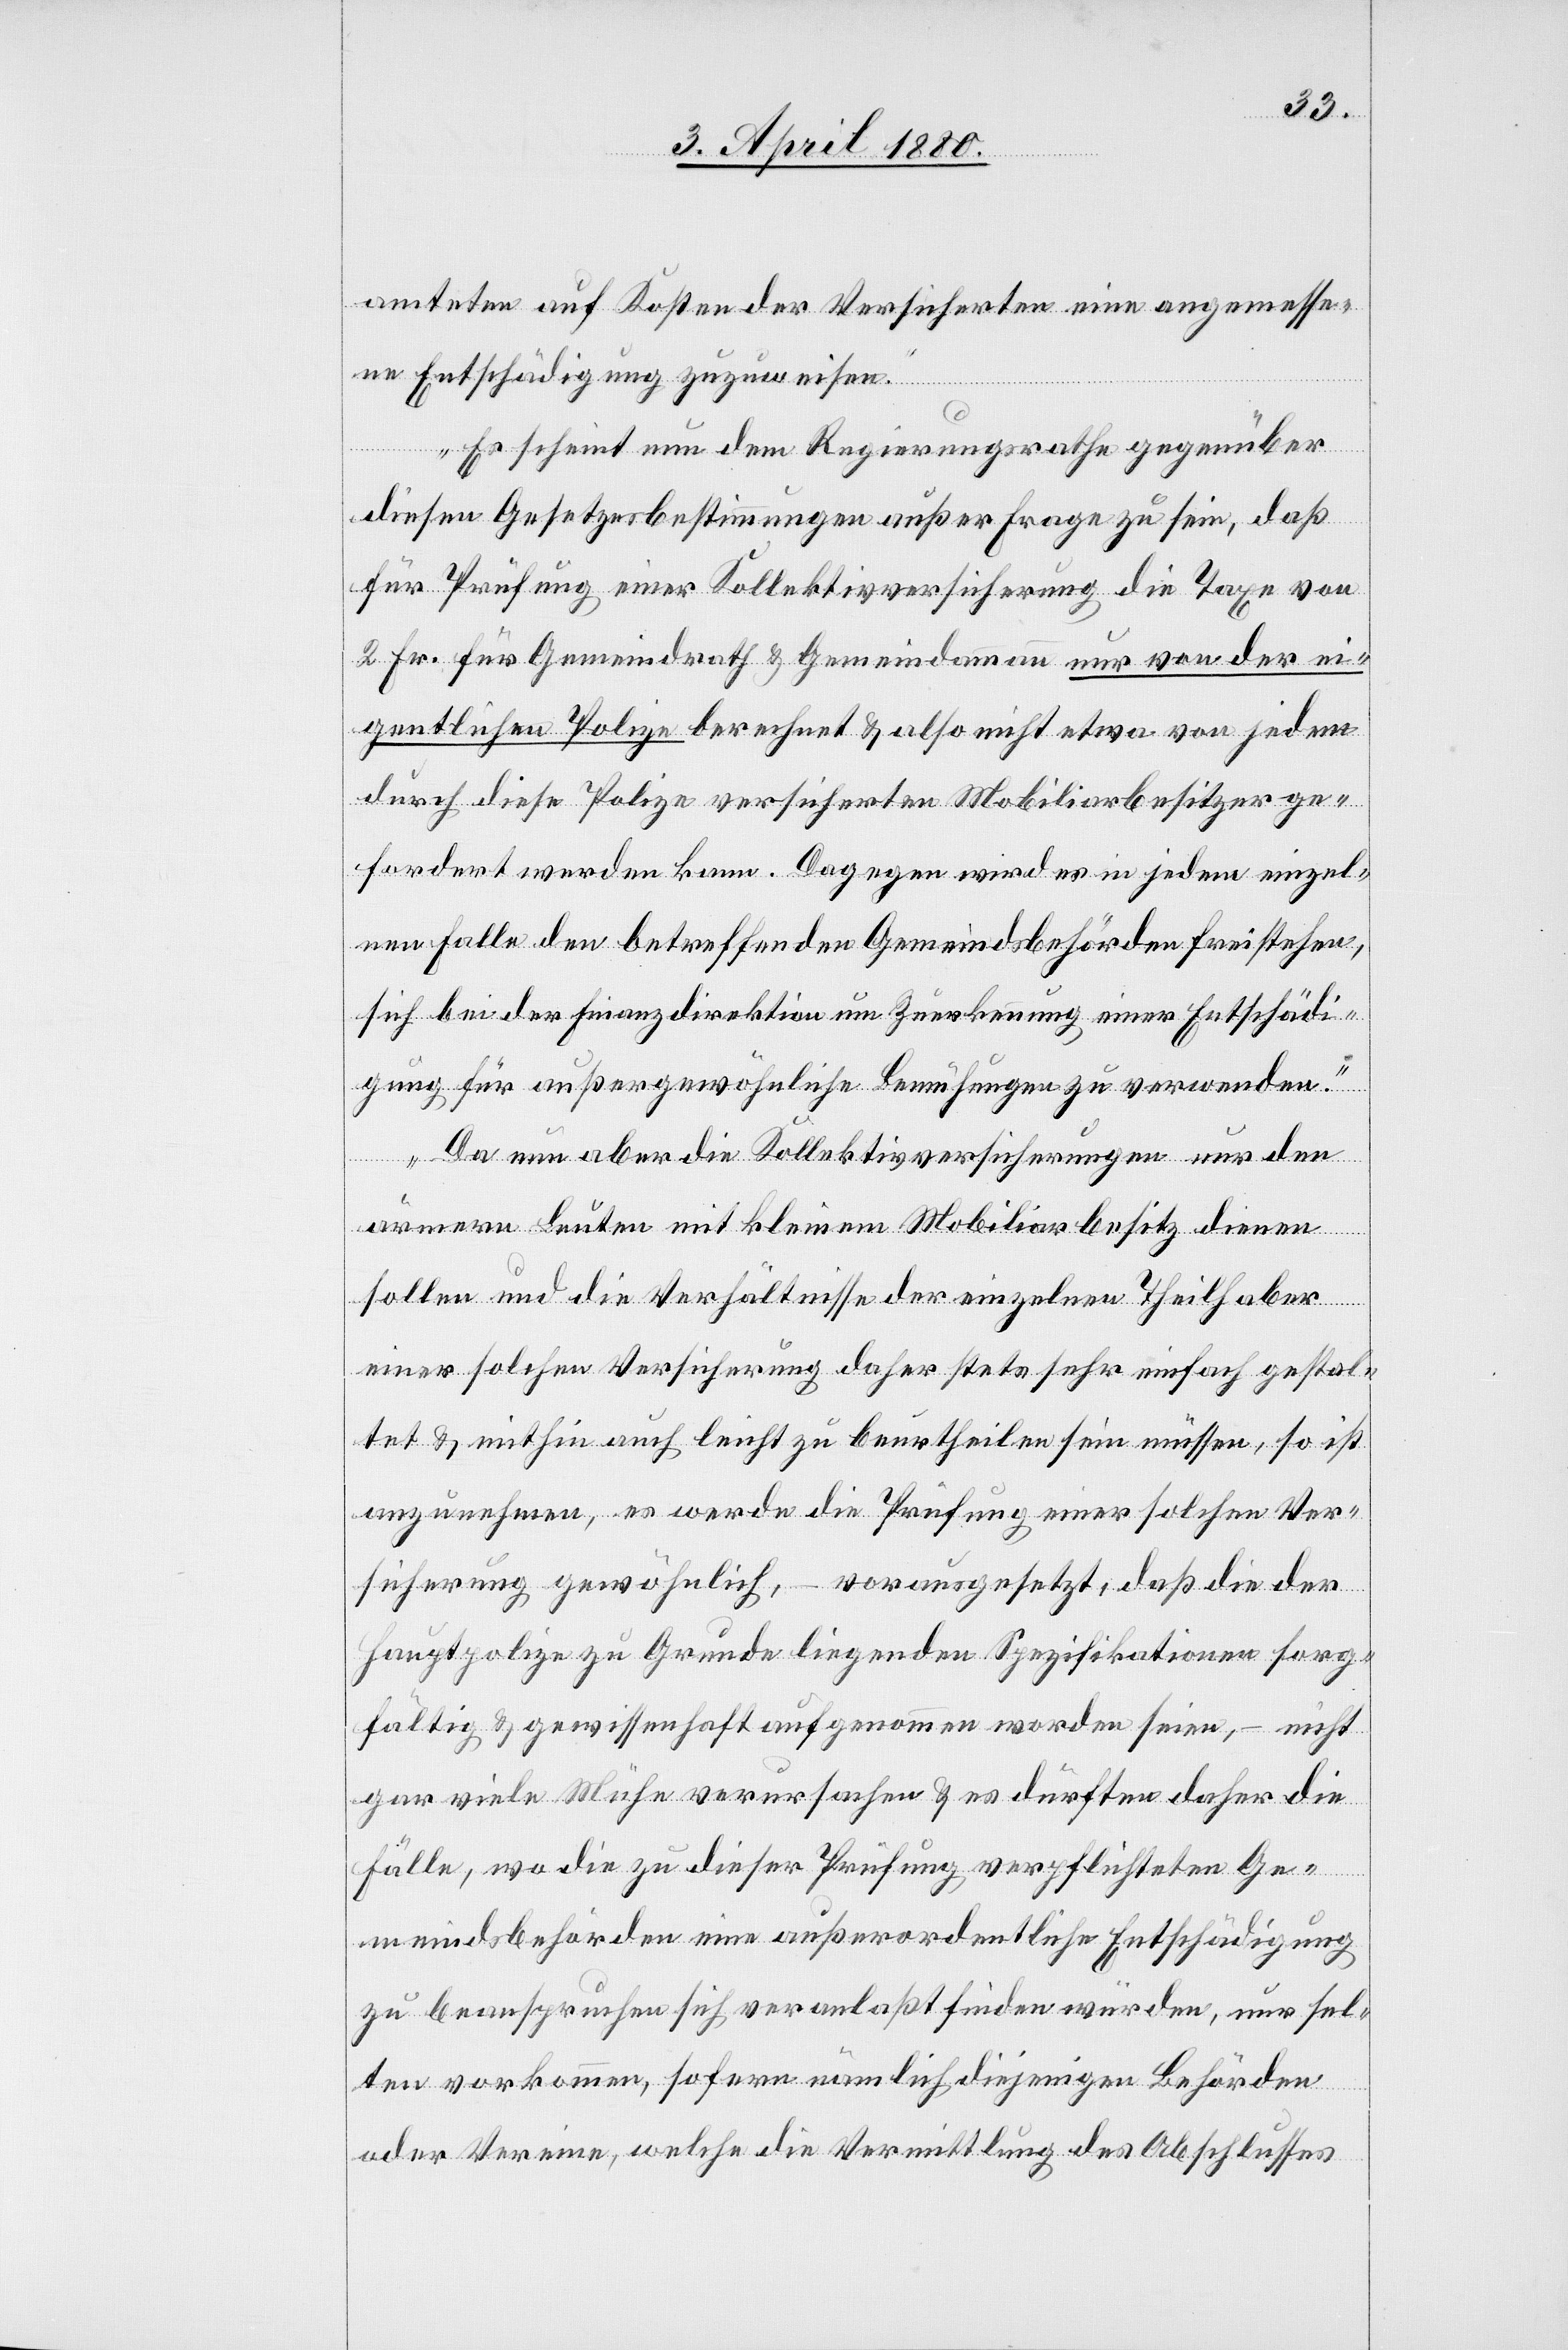
amteten auf Kosten der Versicherten eine angemesse¬
ne Entschädigung zuzuweisen.
Es scheint nun dem Regierungsrathe gegenüber
diesen Gesetzesbestimmungen außer Frage zu sein, daß
für Prüfung einer Kollektivversicherung die Taxe von
2 Fr. für Gemeindrath & Gemeindammann nur von der ei¬
gentlichen Polize berechnet & also nicht etwa von jedem
durch diese Polize versicherten Mobiliarbesitzer ge¬
fordert werden kann. Dagegen wird es in jedem einzel¬
nen Falle den betreffenden Gemeindsbehörden freistehen,
sich bei der Finanzdirektion um Zuerkennung einer Entschädi¬
gung für außergewöhnliche Bemühungen zu verwenden.
Da nun aber die Kollektivversicherungen nur den
ärmern Leuten mit kleinem Mobiliarbesitz dienen
sollen und die Verhältnisse der einzelnen Theilhaber
einer solchen Versicherung daher stets sehr einfach gestal¬
tet & mithin auch leicht zu beurtheilen sein müssen, so ist
anzunehmen, es werde die Prüfung einer solchen Ver¬
sicherung gewöhnlich, – vorausgesetzt, daß die der
Hauptpolize zu Grunde liegenden Spezifikationen sorg¬
fältig & gewissenhaft aufgenommen worden seien, – nicht
gar viele Mühe verursachen & es dürften daher die
Fälle, wo die zu dieser Prüfung verpflichteten Ge¬
meindsbehörden eine außerordentliche Entschädigung
zu beanspruchen sich veranlaßt finden würden, nur sel¬
ten vorkommen, sofern nämlich diejenigen Behörden
oder Vereine, welche die Vermittlung des Abschlusses